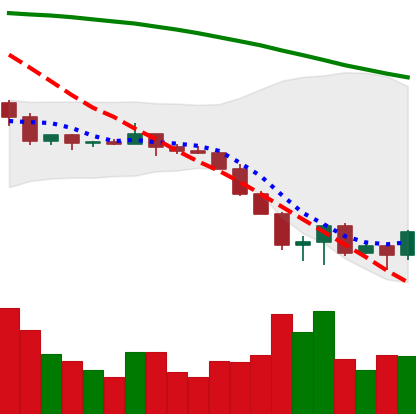
Ticker: ETC-USD
Chart end date: 2022-06-19
Forward return: 6.75%
Label: up_5_7